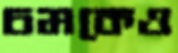
চমকেও